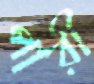
পারী